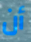
أن